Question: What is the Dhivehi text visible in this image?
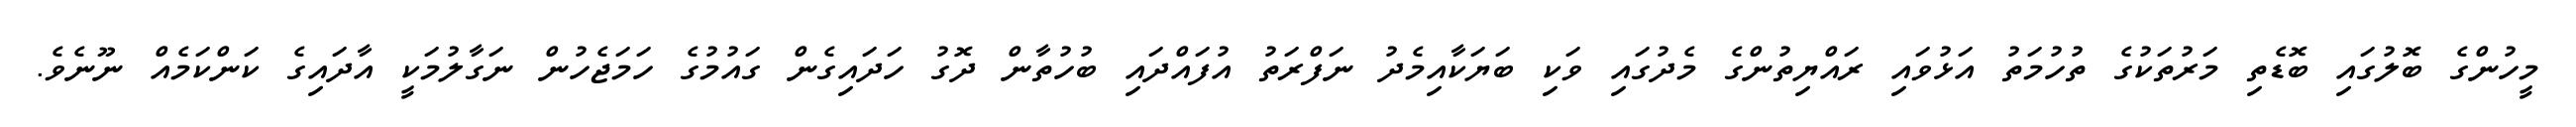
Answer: މީހުންގެ ބޮލުގައި ބޮޑެތި މަރުތަކުގެ ތުހުމަތު އަޅުވައި ރައްޔިތުންގެ މެދުގައި ވަކި ބަޔަކާއިމެދު ނަފްރަތު އުފައްދައި ބުހުތާން ދޮގު ހަދައިގެން ގައުމުގެ ހަމަޖެހުން ނަގާލުމަކީ އާދައިގެ ކަންކަމެއް ނޫނެވެ.